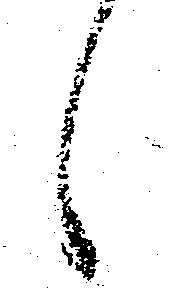
候